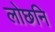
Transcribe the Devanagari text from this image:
लोछनि